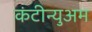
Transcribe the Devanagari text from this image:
कंटीन्युअम